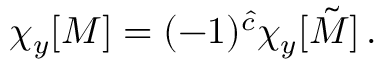
\chi _ { y } [ { \cal M } ] = ( - 1 ) ^ { \hat { c } } \chi _ { y } [ \tilde { \cal M } ] \, .